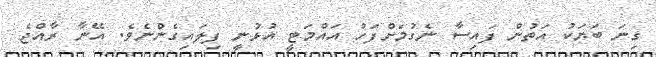
ގިނަ ބަޔަކު އަތުން ފައިސާ ނެގުމަށްފަހު އައްމަޓީ އުޅުނީ ފިލައިގެންނެވެ. އޭނާ ރާއްޖެ